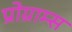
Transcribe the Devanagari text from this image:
प्रोग्राम्‍स